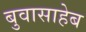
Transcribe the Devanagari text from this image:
बुवासाहेब